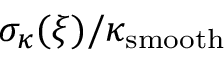
\sigma _ { \kappa } ( \boldsymbol { \xi } ) / \kappa _ { \mathrm { s m o o t h } }